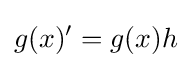
g(x)'=g(x)h